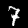
Label: 7